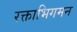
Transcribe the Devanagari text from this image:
रक्ताभिगमन